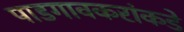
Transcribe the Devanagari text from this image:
पाडगावकरांकडे